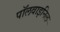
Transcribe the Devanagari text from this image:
पॉलवाइनिल